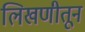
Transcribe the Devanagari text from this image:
लिखणीतून